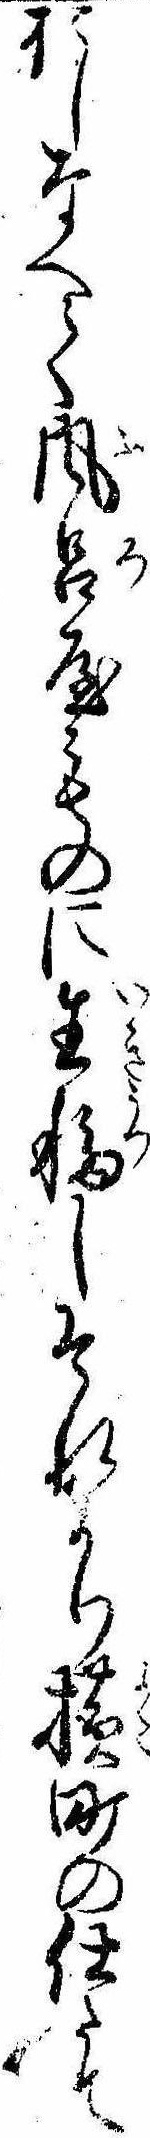
おしなへて風呂屋ものに生移しそれより横町の仕たて